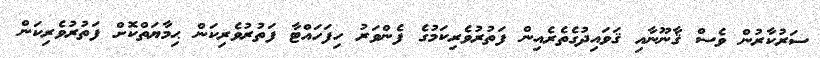
ސަރުކާރުން ވެސް ޤާނޫނާއި ޤަވައިދުގެތެރެއިން ފަތުރުވެރިކަމުގެ ފެންވަރު ހިފަހައްޓާ ފަތުރުވެރިކަން ޙިމާޔަތްކޮށް ފަތުރުވެރިކަން